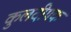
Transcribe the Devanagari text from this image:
कुलदीपक